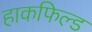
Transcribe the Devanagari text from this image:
हाकफिल्ड